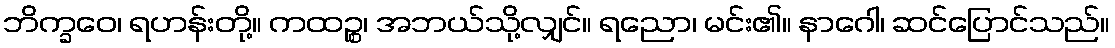
ဘိက္ခဝေ၊ ရဟန်းတို့။ ကထဉ္စ၊ အဘယ်သို့လျှင်။ ရညော၊ မင်း၏။ နာဂေါ၊ ဆင်ပြောင်သည်။